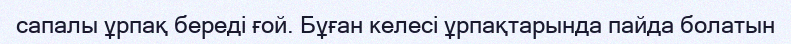
сапалы ұрпақ береді ғой. Бұған келесі ұрпақтарында пайда болатын